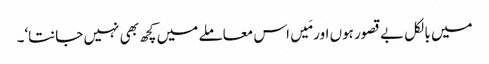
میں بالکل بے قصور ہوں اور مَیں اس معاملے میں کچھ بھی نہیں جانتا‘۔